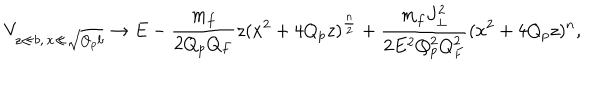
V _ { z \ll b , \, x \ll \sqrt { Q _ { p } b } } \to E - { \frac { m _ { f } } { 2 Q _ { p } Q _ { F } } } z ( x ^ { 2 } + 4 Q _ { p } z ) ^ { \frac { n } { 2 } } + { \frac { m _ { f } J _ { \perp } ^ { 2 } } { 2 E ^ { 2 } Q _ { p } ^ { 2 } Q _ { F } ^ { 2 } } } ( x ^ { 2 } + 4 Q _ { p } z ) ^ { n } ,